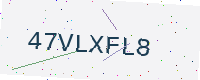
Text: 47VLXFL8